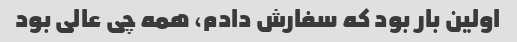
اولین بار بود که سفارش دادم، همه چی عالی بود